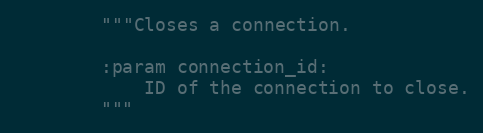
Language: Python
        """Closes a connection.

        :param connection_id:
            ID of the connection to close.
        """